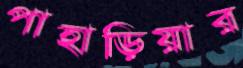
পাহাড়িয়ার